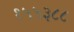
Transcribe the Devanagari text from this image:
१५५३८८